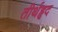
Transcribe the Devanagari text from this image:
तीर्थहृद